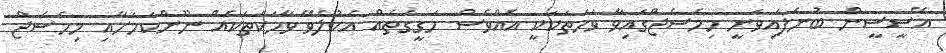
އޭސީސީން ބުނެފައިވަނީ މިމެސެޖްގައިވާ ވަހަތަކަކީ އެއްވެސް ހަގީގަތެއް އެކުލެވޭ ވާހަކަތަކެއް ނޫންކަމަށާއި މިމެސެޖް